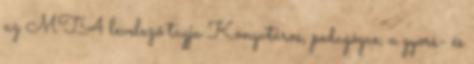
az MTA levelező tagja Könyvtáros, pedagógus, a gyors- és